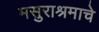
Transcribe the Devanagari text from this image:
मसुराश्रमाचे